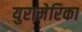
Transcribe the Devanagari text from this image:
युरामेरिका